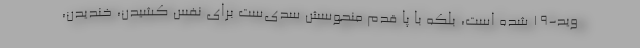
وید-19 شده است، بلکه با پا قدم منحوسش سدی‌ست برای نفس کشیدن، خندیدن،